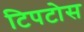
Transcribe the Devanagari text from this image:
टिपटोस